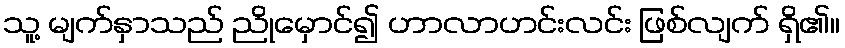
သူ့ မျက်နှာသည် ညိုမှောင်၍ ဟာလာဟင်းလင်း ဖြစ်လျက် ရှိ၏။